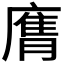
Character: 𭙶